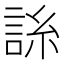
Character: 𧧈